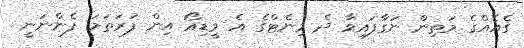
ގެއެއްގެ މަތިން ނަގާފައިވާ ދެ މިނެޓްގެ އެ ވީޑިއޯ އިން ފުރަތަމަ ފެންނަނީ